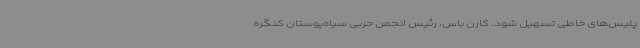
پلیس‌های ‌خاطی تسهیل شود. کارن باس، رئیس انجمن حزبی سیاه‌پوستان کنگره